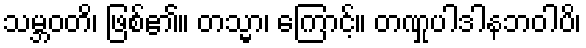
သမ္ဘဝတိ၊ ဖြစ်၏။ တသ္မာ၊ ကြောင့်။ တဏှုပါဒါနဘဝါပိ၊